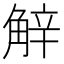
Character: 觪